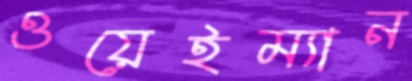
ওয়েইম্যান